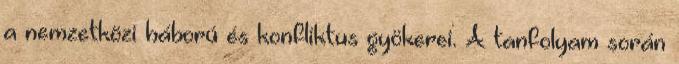
a nemzetközi háború és konfliktus gyökerei. A tanfolyam során